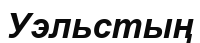
Уэльстың